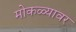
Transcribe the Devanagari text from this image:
मोकळ्यावर